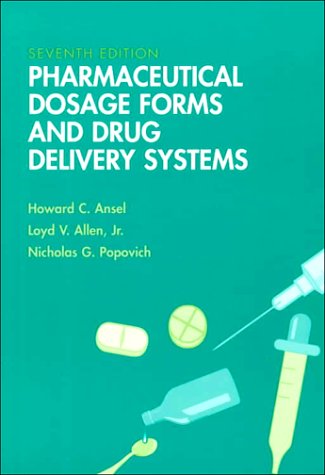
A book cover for Pharmaceutical Dosage Forms & Drug Delivery Systems; Howard C. Ansel; Medical Books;